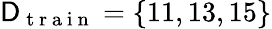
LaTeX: \mathsf{D}_{\mathrm{~t~r~a~i~n~}}=\{ 11,13,15\}